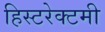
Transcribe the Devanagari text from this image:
हिस्टरेक्टमी